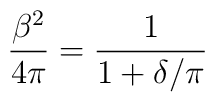
{\beta^2\over 4 \pi} = {1 \over 1 + \delta/\pi}